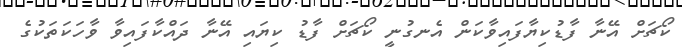
ކޯޗަށް އޭނާ ފާޑުކިޔާފައިވާކަން އެނގުނީ ކޯޗަށް ފާޑު ކިޔައި އޭނާ ދައްކާފައިވާ ވާހަކަތަކުގެ